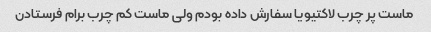
ماست پر چرب لاکتیویا سفارش داده بودم ولی ماست کم چرب برام فرستادن